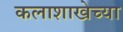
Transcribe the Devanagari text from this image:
कलाशाखेच्या